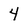
Character: 4